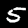
Digit: 5